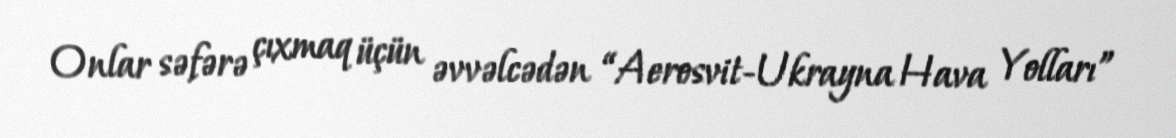
Onlar səfərə çıxmaq üçün əvvəlcədən “Aerosvit-Ukrayna Hava Yolları”